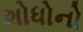
શોધોનો